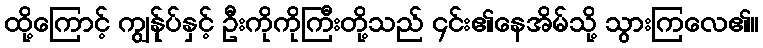
ထို့ကြောင့် ကျွန်ုပ်နှင့် ဦးကိုကိုကြီးတို့သည် ၄င်း၏နေအိမ်သို့ သွားကြလေ၏။